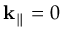
{ \bf k } _ { \parallel } = 0